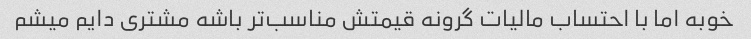
خوبه اما با احتساب مالیات گرونه قیمتش مناسب‌تر باشه مشتری دایم میشم